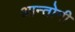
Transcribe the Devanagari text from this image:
आन्तोनी